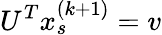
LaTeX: U^{T}x_{s}^{(k+1)}=v